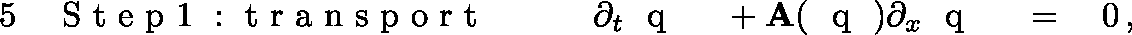
\begin{array} { r l r l r l } { { 5 } } & { { } \mathrm { ~ S ~ t ~ e ~ p ~ 1 ~ : ~ t ~ r ~ a ~ n ~ s ~ p ~ o ~ r ~ t ~ } \qquad } & { \partial _ { t } \textrm { \boldmath { q } } } & { { } + \mathbf { A } ( \textrm { \boldmath { q } } ) \partial _ { x } \textrm { \boldmath { q } } } & { \; = \; } & { { } 0 \, , } \end{array}